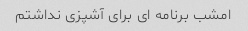
امشب برنامه ای برای آشپزی نداشتم